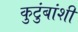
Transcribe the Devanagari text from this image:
कुटुंबांशी